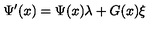
\Psi ^ { \prime } ( x ) = \Psi ( x ) \lambda + G ( x ) \xi